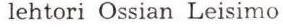
lehtori Ossian Leisimo